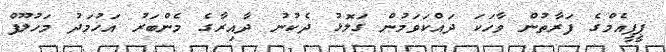
ޕީޕީއެމްގެ ފަރާތުން ވާހަކަ ދައްކަވަމުން ގަލޮޅު ދެކުނު ދާއިރާގެ މެންބަރު އަހުމަދު މަހުލޫފް